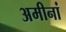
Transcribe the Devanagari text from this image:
अमीनां